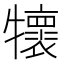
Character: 𤜄